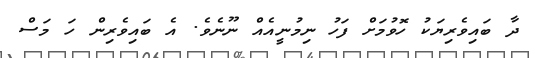
ދާ ބައިވެރިޔަކު ހޮވުމަށް ފަހު ނިމުނީއެއް ނޫނެވެ. އެ ބައިވެރިން ހަ މަސް